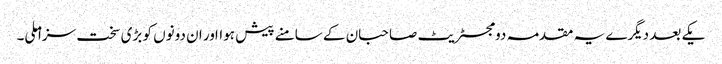
یکے بعد دیگرے یہ مقدمہ دو مجسٹریٹ صاحبان کے سامنے پیش ہوااور ان دونوں کو بڑی سخت سزا ملی۔